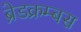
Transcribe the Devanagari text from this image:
ब्रेडक्रम्बस